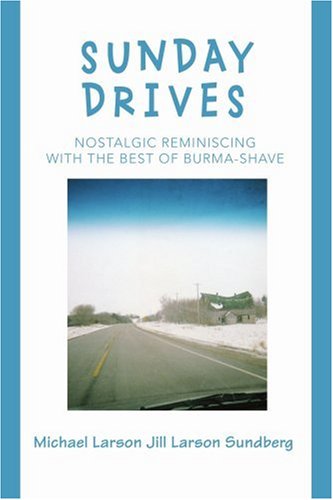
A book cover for Sunday Drives: Nostalgic Reminiscing with the Best of Burma-Shave; Michael Larson; Travel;